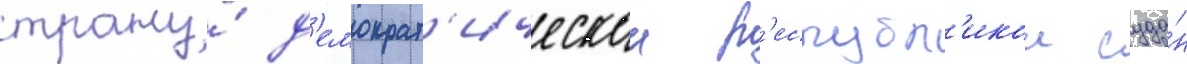
страну́ д'емократ'ическои р'еспубл'икои суда́н